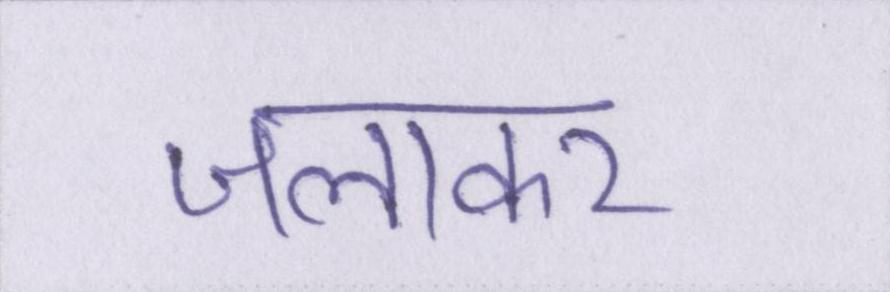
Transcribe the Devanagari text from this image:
जलाकर